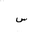
Letter: _sin